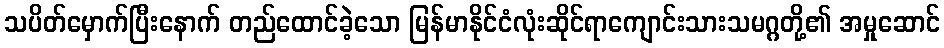
သပိတ်မှောက်ပြီးနောက် တည်ထောင်ခဲ့သော မြန်မာနိုင်ငံလုံးဆိုင်ရာကျောင်းသားသမဂ္ဂတို့၏ အမှုဆောင်